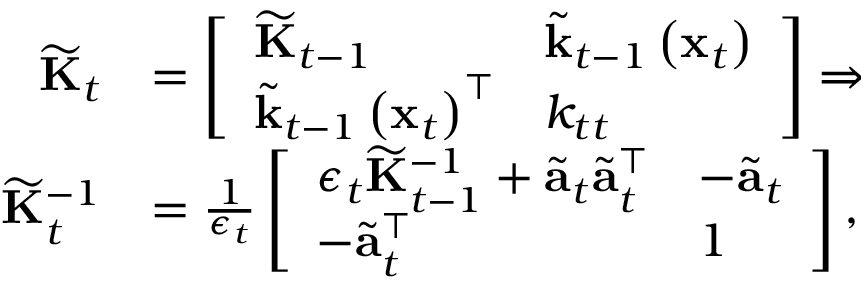
\begin{array} { r l } { \widetilde { \mathbf { K } } _ { t } } & { = \left[ \begin{array} { l l } { \widetilde { \mathbf { K } } _ { t - 1 } } & { \widetilde { \mathbf { k } } _ { t - 1 } \left( \mathbf { x } _ { t } \right) } \\ { \widetilde { \mathbf { k } } _ { t - 1 } \left( \mathbf { x } _ { t } \right) ^ { \top } } & { k _ { t t } } \end{array} \right] \Rightarrow } \\ { \widetilde { \mathbf { K } } _ { t } ^ { - 1 } } & { = \frac { 1 } { \epsilon _ { t } } \left[ \begin{array} { l l } { \epsilon _ { t } \widetilde { \mathbf { K } } _ { t - 1 } ^ { - 1 } + \widetilde { \mathbf { a } } _ { t } \widetilde { \mathbf { a } } _ { t } ^ { \top } } & { - \widetilde { \mathbf { a } } _ { t } } \\ { - \widetilde { \mathbf { a } } _ { t } ^ { \top } } & { 1 } \end{array} \right] , } \end{array}